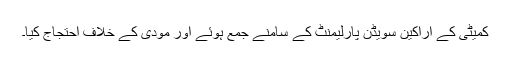
کمیٹی کے اراکین سویڈن پارلیمنٹ کے سامنے جمع ہوئے اور مودی کے خلاف احتجاج کیا۔